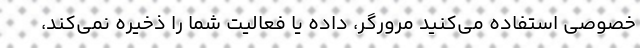
خصوصی استفاده می‌کنید مرورگر، داده یا فعالیت شما را ذخیره نمی‌کند،